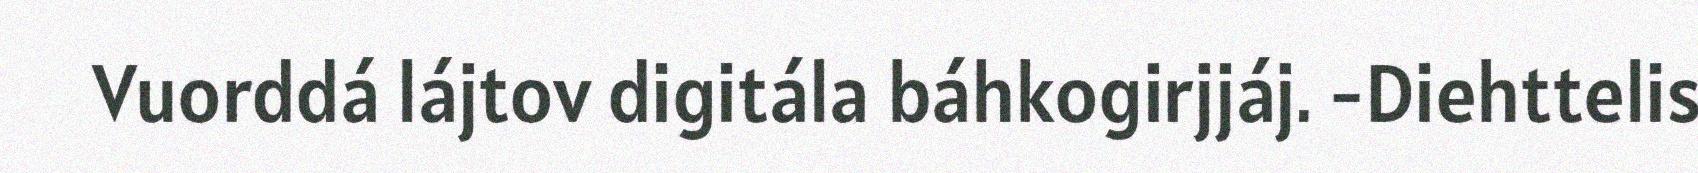
Vuorddá lájtov digitála báhkogirjjáj. -Diehttelis